Annual report of the Punjab Veterinary College and of the Civil Veterinary Department, Punjab - 1926-1932
Year: 1926
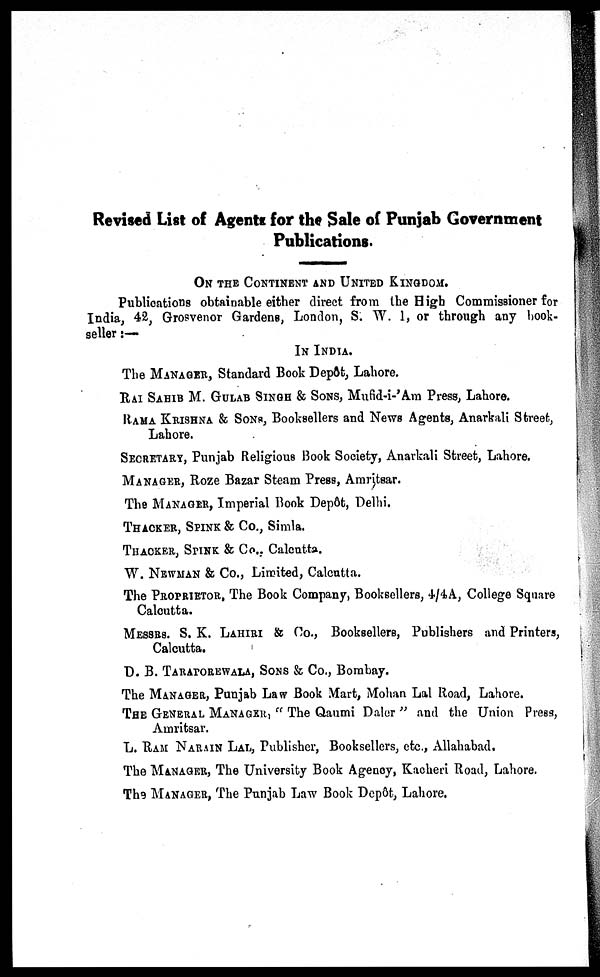
Revised List of Agents for the Sale of Punjab Government
Publications.
ON THE CONTINENT AND UNITED KINGDOM.
Publications obtainable either direct from the High Commissioner for
India, 42, Grosvenor Gardens, London, S. W. 1, or through any book-
seller:—
IN INDIA.
The MANAGER, Standard Book Depôt, Lahore.
RAI SAHIB M. GULAB SINGH & SONS, Mufid-i-'Am Press, Lahore.
RAMA KRISHNA & SONS, Booksellers and News Agents, Anarkali Street,
Lahore.
SECRETARY, Punjab Religious Book Society, Anarkali Street, Lahore.
MANAGER, Roze Bazar Steam Press, Amritsar.
The MANAGER, Imperial Book Depôt, Delhi.
THACKER, SPINK & Co., Simla.
THACKER, SPINK & Co., Calcutta.
W. NEWMAN & Co., Limited, Calcutta.
The PROPRIETOR, The Book Company, Booksellers, 4/4A, College Square
Calcutta.
MESSRS. S. K. LAHIRI & Co., Booksellers, Publishers and Printers,
Calcutta.
D. B. TARAPOREWALA, SONS & Co., Bombay.
The MANAGER, Punjab Law Book Mart, Mohan Lal Road, Lahore.
THE GENERAL MANAGER, "The Qaumi Daler" and the Union Press,
Amritsar.
L. RAM NARAIN LAL, Publisher, Booksellers, etc., Allahabad.
The MANAGER, The University Book Agency, Kacheri Road, Lahore.
The MANAGER, The Punjab Law Book Depôt, Lahore.